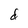
Character: d